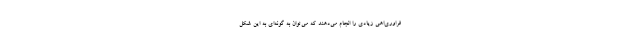
فراوری‌اهی زیادی را انجام می‌دهند که می‌توان به گونه‌ای به این شکل